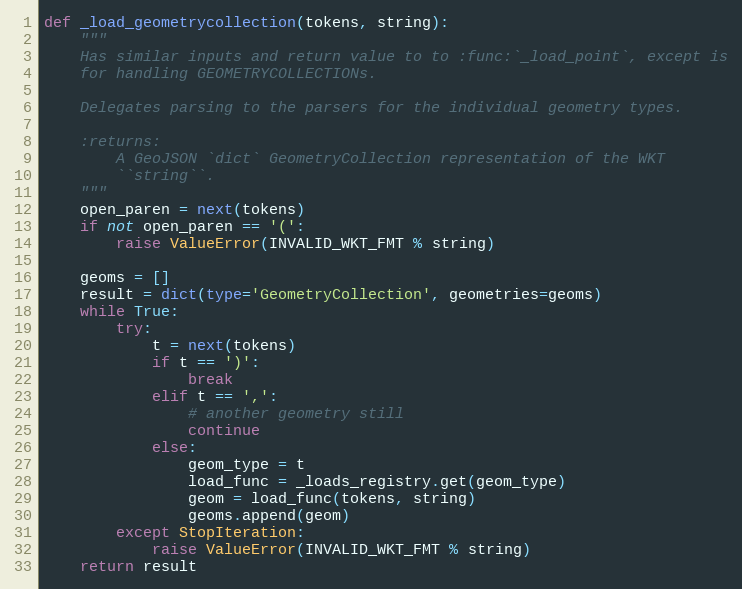
Language: Python
def _load_geometrycollection(tokens, string):
    """
    Has similar inputs and return value to to :func:`_load_point`, except is
    for handling GEOMETRYCOLLECTIONs.

    Delegates parsing to the parsers for the individual geometry types.

    :returns:
        A GeoJSON `dict` GeometryCollection representation of the WKT
        ``string``.
    """
    open_paren = next(tokens)
    if not open_paren == '(':
        raise ValueError(INVALID_WKT_FMT % string)

    geoms = []
    result = dict(type='GeometryCollection', geometries=geoms)
    while True:
        try:
            t = next(tokens)
            if t == ')':
                break
            elif t == ',':
                # another geometry still
                continue
            else:
                geom_type = t
                load_func = _loads_registry.get(geom_type)
                geom = load_func(tokens, string)
                geoms.append(geom)
        except StopIteration:
            raise ValueError(INVALID_WKT_FMT % string)
    return result